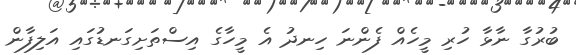
ބުރުގާ ނާޅާ ހުރި މީހެއް ފެންނަ ހިނދު އެ މީހާގެ އިސްތަށިގަނޑުގައި އަލިފާން